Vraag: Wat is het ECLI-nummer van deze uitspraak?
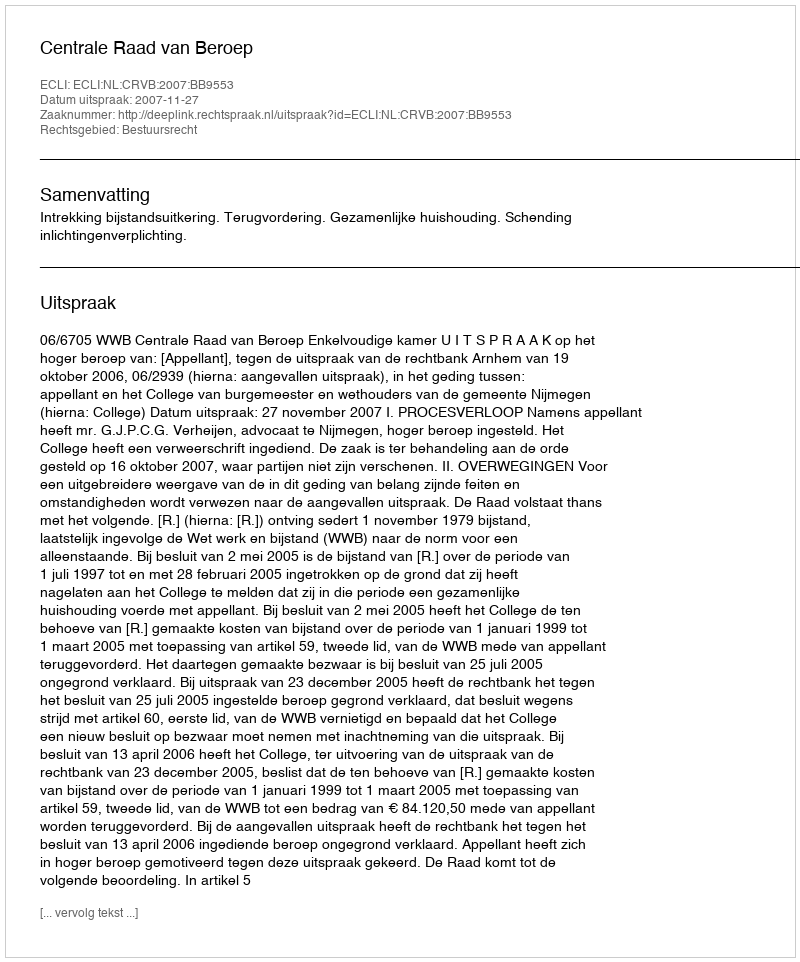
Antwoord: ECLI:NL:CRVB:2007:BB9553